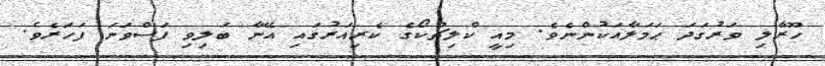
ހޫރާލި ވަރުގަދަ ޙަމަލާއަކުންނެވެ. މިއީ ކްލިޗްކޯގެ ކެރިއަރުގައި އޭނާ ބަލިވި ފަސްވަނަ ފަހަރެވެ.